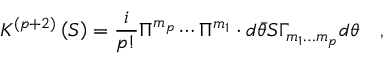
K ^ { \left( p + 2 \right) } \left( S \right) = \frac i { p ! } \Pi ^ { m _ { p } } \cdots \Pi ^ { m _ { 1 } } \cdot d \bar { \theta } S \Gamma _ { m _ { 1 } \ldots m _ { p } } d \theta \quad ,